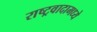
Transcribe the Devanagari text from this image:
राष्ट्रवादामध्ये